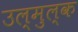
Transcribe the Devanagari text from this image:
उल्मुल्क